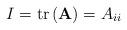
LaTeX: \begin{align*}I=\mathrm{tr}\left(\mathbf{A}\right)=A_{ii}\end{align*}